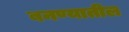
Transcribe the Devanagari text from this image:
बनण्यातील